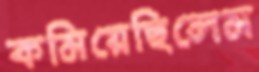
কমিয়েছিলেম